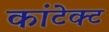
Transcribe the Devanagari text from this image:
कांटेक्‍ट